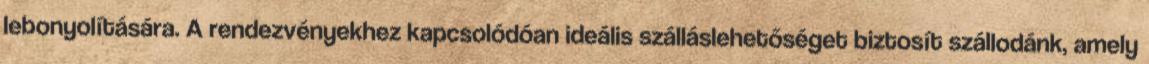
lebonyolítására. A rendezvényekhez kapcsolódóan ideális szálláslehetőséget biztosít szállodánk, amely